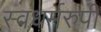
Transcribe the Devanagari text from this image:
स्वधर्मरुपी